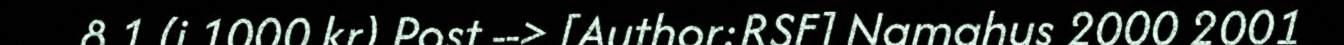
8.1 (i 1000 kr) Post --> [Author:RSF] Namahus 2000 2001